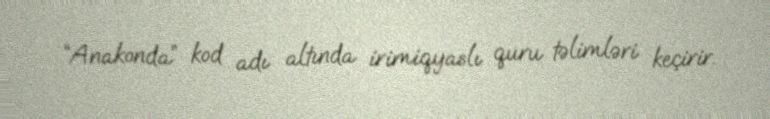
“Anakonda” kod adı altında irimiqyaslı quru təlimləri keçirir.